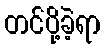
တင်ပို့ခဲ့ရာ